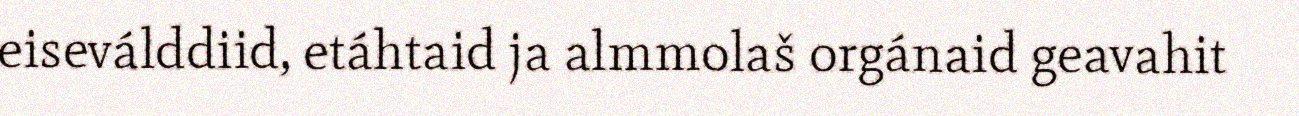
eiseválddiid, etáhtaid ja almmolaš orgánaid geavahit